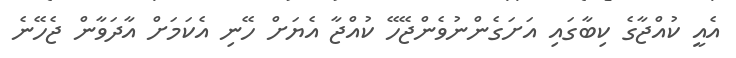
އެއީ ކުއްޖާގެ ކިބާގައި އަށަގެންނުވެންޖޭހޭ ކުއްޖާ އެޔަށް ހޭނި އެކަމަށް އާދަވާން ޖެހޭނެ